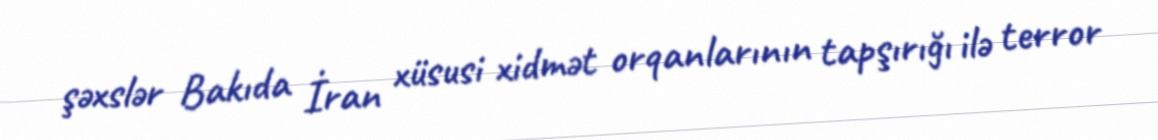
şəxslər Bakıda İran xüsusi xidmət orqanlarının tapşırığı ilə terror